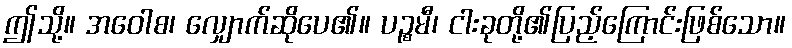
ဤသို့။ အဝေါစ၊ လျှောက်ဆိုပေ၏။ ပဉ္စမီ၊ ငါးခုတို့၏ပြည့်ကြောင်းဖြစ်သော။